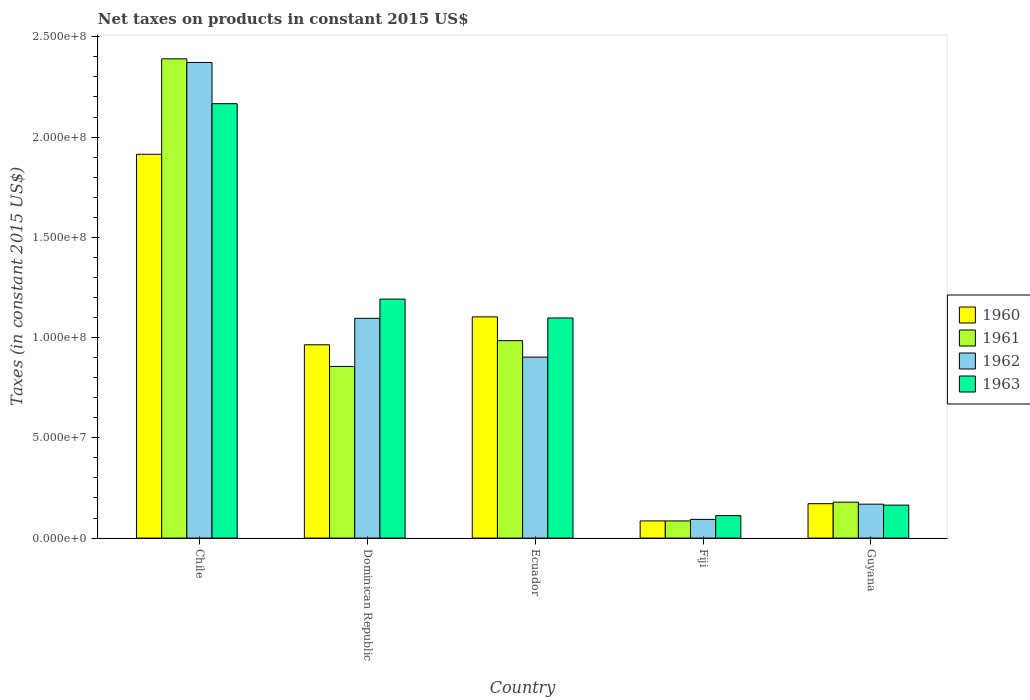
| Country | 1960 | 1961 | 1962 | 1963 |
 | --- | --- | --- | --- | --- |
 | Chile | 1.91e+08 | 2.39e+08 | 2.37e+08 | 2.17e+08 |
 | Dominican Republic | 9.64e+07 | 8.56e+07 | 1.1e+08 | 1.19e+08 |
 | Ecuador | 1.1e+08 | 9.85e+07 | 9.03e+07 | 1.1e+08 |
 | Fiji | 8.56e+06 | 8.56e+06 | 9.32e+06 | 1.12e+07 |
 | Guyana | 1.71e+07 | 1.79e+07 | 1.69e+07 | 1.64e+07 |